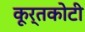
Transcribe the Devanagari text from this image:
कूर्तकोटी